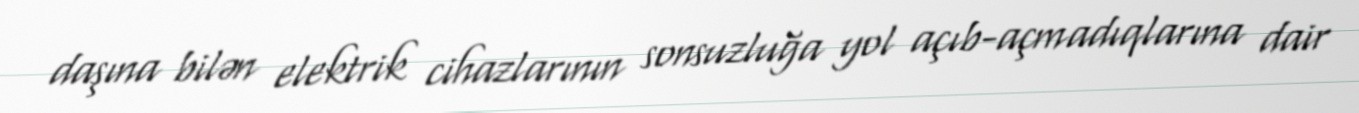
daşına bilən elektrik cihazlarının sonsuzluğa yol açıb-açmadıqlarına dair